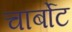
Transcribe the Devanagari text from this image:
चार्बोट